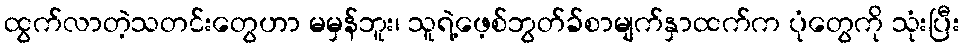
ထွက်လာတဲ့သတင်းတွေဟာ မမှန်ဘူး၊ သူရဲ့ဖေ့စ်ဘွတ်ခ်စာမျက်နှာထက်က ပုံတွေကို သုံးပြီး